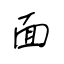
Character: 面